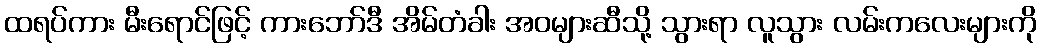
ထရပ်ကား မီးရောင်ဖြင့် ကားဘော်ဒီ အိမ်တံခါး အဝများဆီသို့ သွားရာ လူသွား လမ်းကလေးများကို